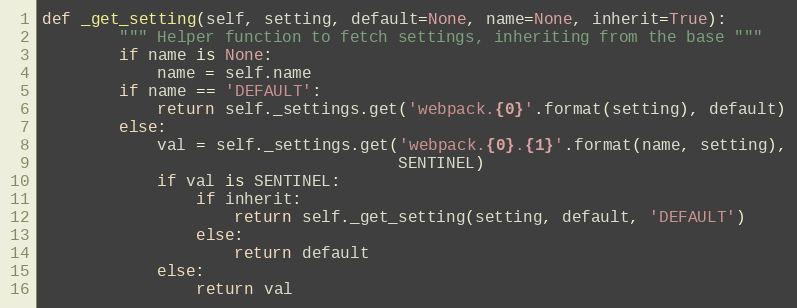
Language: Python
def _get_setting(self, setting, default=None, name=None, inherit=True):
        """ Helper function to fetch settings, inheriting from the base """
        if name is None:
            name = self.name
        if name == 'DEFAULT':
            return self._settings.get('webpack.{0}'.format(setting), default)
        else:
            val = self._settings.get('webpack.{0}.{1}'.format(name, setting),
                                     SENTINEL)
            if val is SENTINEL:
                if inherit:
                    return self._get_setting(setting, default, 'DEFAULT')
                else:
                    return default
            else:
                return val